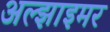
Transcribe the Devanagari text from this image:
अल्‍झाइमर